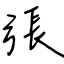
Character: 張